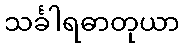
သင်္ခါရဓာတုယာ